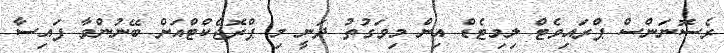
ރެސޮނަންސް ޕްރައިވެޓް ލިމިޓެޑް އިން މިވަގުތު ދަނީ މި ޕްރޮޖެކްޓްއަށް ބޭނުންވާ ފައިސާ